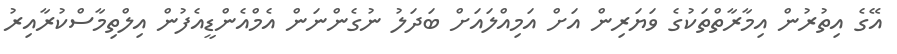
އޭގެ އިތުރުން އިމާރާތްތަކުގެ ވަޔަރިން އަށް އަމިއްލައަށް ބަދަލު ނުގެންނަން އެމްއެންޑީއެފުން އިލްތިމާސްކުރާއިރު